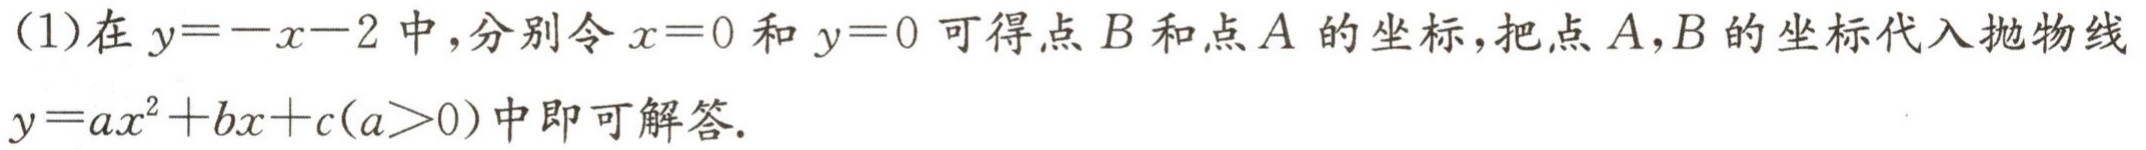
（1）在 \(y = -x - 2\) 中，分别令 \(x = 0\) 和 \(y = 0\) 可得点 \(B\) 和点 \(A\) 的坐标，把点 \(A，B\) 的坐标代入抛物线 \(y = ax^{2}+bx + c(a>0)\) 中即可解答.